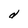
Character: d